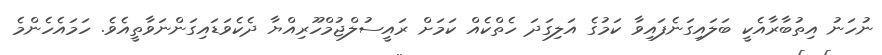
ނުހަނު އިތުބާރާއެކީ ބަލައިގަނެފައިވާ ކަމުގެ އަލިގަދަ ހެތްކެއް ކަމަށް ރައީސުލްޖުމްހޫރިއްޔާ ދެކެވަޑައިގަންނަވާތީއެވެ. ހަމައެހެންމެ